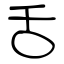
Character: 舌